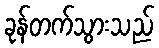
ခုန်တက်သွားသည်